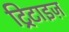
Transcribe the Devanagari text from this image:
ट्रिटाइज़